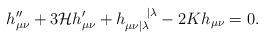
LaTeX: \begin{align*}h_{\mu\nu}^{\prime\prime}+3\mathcal{H}h_{\mu\nu}^{\prime}+h_{\mu\nu|\lambda}^{\mbox{ }\mbox{ }\mbox{ }\mbox{ }|\lambda}-2Kh_{\mu\nu} = 0.\end{align*}